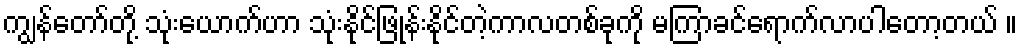
ကျွန်တော်တို့ သုံးယောက်ဟာ သုံးနိုင်ဖြုန်းနိုင်တဲ့ကာလတစ်ခုကို မကြာခင်ရောက်လာပါတော့တယ် ။